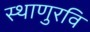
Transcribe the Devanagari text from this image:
स्थाणुरवि